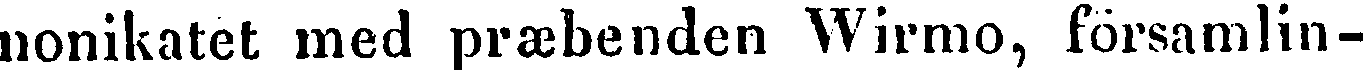
nonikated med præbenden Wirmo, församlin-